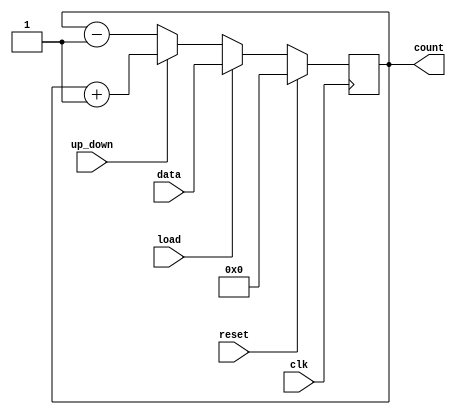
module counter(clk,reset,up_down,load,data,count);
 input clk,reset,load,up_down;
 input [3:0] data;
 output [3:0] count;
 reg [3:0] count; 
 always@(posedge clk)
 begin
 	if(reset)
 		count <= 0;
	else if(load)
 		count <= data;
	else if(up_down)
		count <= count + 1;
	else
	count <= count - 1;
 end
endmodule